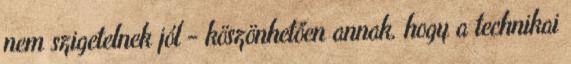
nem szigetelnek jól − köszönhetően annak, hogy a technikai